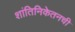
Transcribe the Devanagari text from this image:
शांतिनिकेतनची